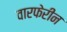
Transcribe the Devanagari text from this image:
वारफेरीन